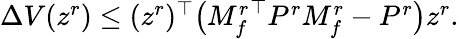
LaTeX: \begin{array}{r}{\Delta V(z^{r})\leq(z^{r})^{\top}\big({M_{f}^{r}}^{\top}P^{r}M_{f}^{r}-P^{r}\big)z^{r}.}\end{array}